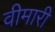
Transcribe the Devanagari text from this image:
वीमारी